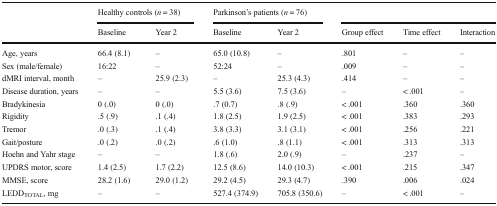
| <ROWSPAN=2>  | <COLSPAN=2> Healthy controls (n = 38) | <COLSPAN=2> Parkinson’s patients (n = 76) | <COLSPAN=3>  |
 | Baseline | Year 2 | Baseline | Year 2 | Group effect | Time effect | Interaction |
 | --- | --- | --- | --- | --- | --- | --- | --- |
 | Age, years | 66.4 (8.1) | – | 65.0 (10.8) | – | .801 | – | – |
 | Sex (male/female) | 16:22 | – | 52:24 | – | .009 | – | – |
 | dMRI interval, month | – | 25.9 (2.3) | – | 25.3 (4.3) | .414 | – | – |
 | Disease duration, years | – | – | 5.5 (3.6) | 7.5 (3.6) | – | < .001 | – |
 | Bradykinesia | 0 (.0) | 0 (.0) | .7 (0.7) | .8 (.9) | < .001 | .360 | .360 |
 | Rigidity | .5 (.9) | .1 (.4) | 1.8 (2.5) | 1.9 (2.5) | < .001 | .383 | .293 |
 | Tremor | .0 (.3) | .1 (.4) | 3.8 (3.3) | 3.1 (3.1) | < .001 | .256 | .221 |
 | Gait/posture | .0 (.2) | .0 (.2) | .6 (1.0) | .8 (1.1) | < .001 | .313 | .313 |
 | Hoehn and Yahr stage | – | – | 1.8 (.6) | 2.0 (.9) | – | .237 | – |
 | UPDRS motor, score | 1.4 (2.5) | 1.7 (2.2) | 12.5 (8.6) | 14.0 (10.3) | < .001 | .215 | .347 |
 | MMSE, score | 28.2 (1.6) | 29.0 (1.2) | 29.2 (4.5) | 29.3 (4.7) | .390 | .006 | .024 |
 | LEDDTOTAL, mg | – | – | 527.4 (374.9) | 705.8 (350.6) | – | < .001 | – |